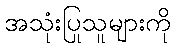
အသုံးပြုသူများကို